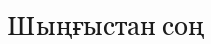
Шыңғыстан соң